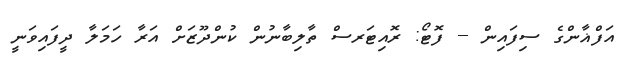
އަފްޣާންގެ ސިފައިން -- ފޮޓޯ: ރޮއިޓަރސް ތާލިބާނުން ކުންދޫޒަށް އަރާ ހަމަލާ ދީފައިވަނީ